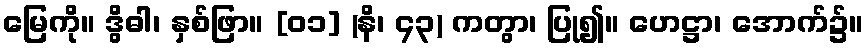
မြေကို။ ဒွိဓါ၊ နှစ်ဖြာ။ [၀၁] (နိ၊ ၄၃) ကတွာ၊ ပြု၍။ ဟေဋ္ဌာ၊ အောက်၌။